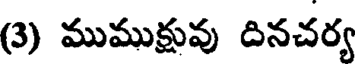
(3) ముముక్షువు దినచర్య